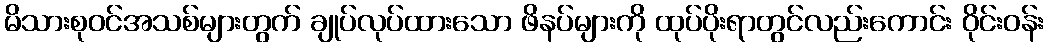
မိသားစုဝင်အသစ်များတွက် ချုပ်လုပ်ထားသော ဖိနပ်များကို ထုပ်ပိုးရာတွင်လည်းကောင်း ဝိုင်းဝန်း